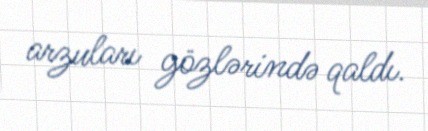
arzuları gözlərində qaldı.